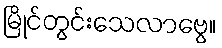
မြိုင်တွင်းသေလာဗွေ။